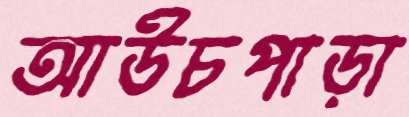
আউচপাড়া